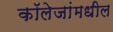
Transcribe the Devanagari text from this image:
कॉलेजांमधील